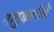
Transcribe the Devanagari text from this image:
नाटुकलीचे